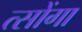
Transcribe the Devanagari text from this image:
त्सोंगा